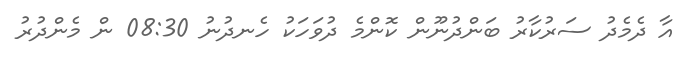
އާ ދެމެދު ސަރުކާރު ބަންދުނޫން ކޮންމެ ދުވަހަކު ހެނދުނު 08:30 ން މެންދުރު